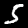
Digit: 5